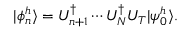
| \phi _ { n } ^ { h } \rangle = U _ { n + 1 } ^ { \dagger } \cdots U _ { N } ^ { \dagger } U _ { T } | \psi _ { 0 } ^ { h } \rangle .